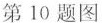
第10题图